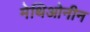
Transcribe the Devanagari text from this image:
मेथिओनीन